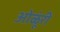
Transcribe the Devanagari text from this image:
ओळूंरी